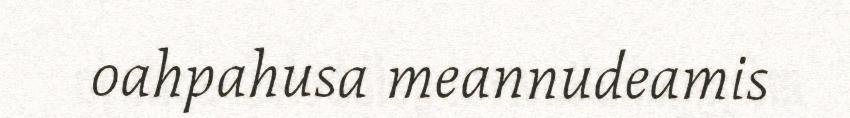
oahpahusa meannudeamis